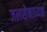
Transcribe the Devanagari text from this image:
जलसेनाध्यक्ष